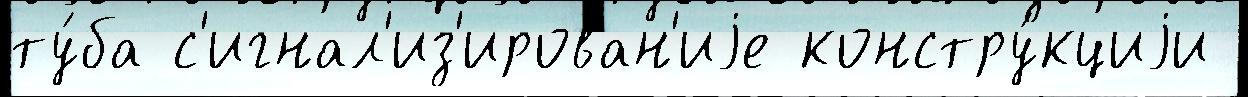
ту́ба с'игнал'из'ирован'иjе констру́кциjи